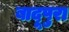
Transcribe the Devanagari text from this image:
बादूपुरा